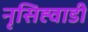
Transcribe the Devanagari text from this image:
नृसिह्वाडी